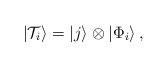
LaTeX: \begin{align*}\left|{\cal T}_{i}\right>=\left|j\right>\otimes\left|\Phi_{i}\right>, \end{align*}